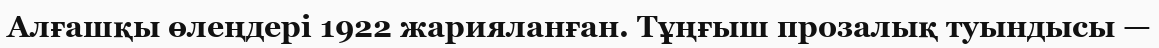
Алғашқы өлеңдері 1922 жарияланған. Тұңғыш прозалық туындысы —